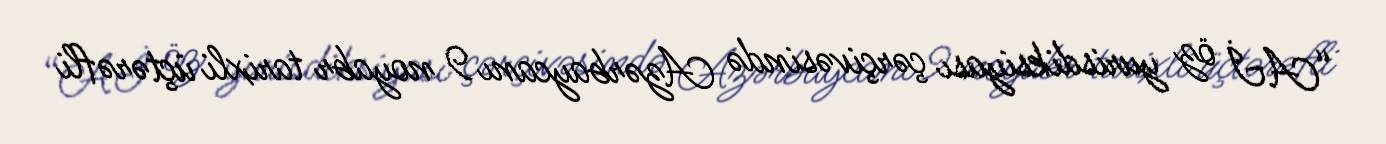
“Aİ öz yurisdiksiyası çərçivəsində Azərbaycanı 9 noyabr tarixli üçtərəfli